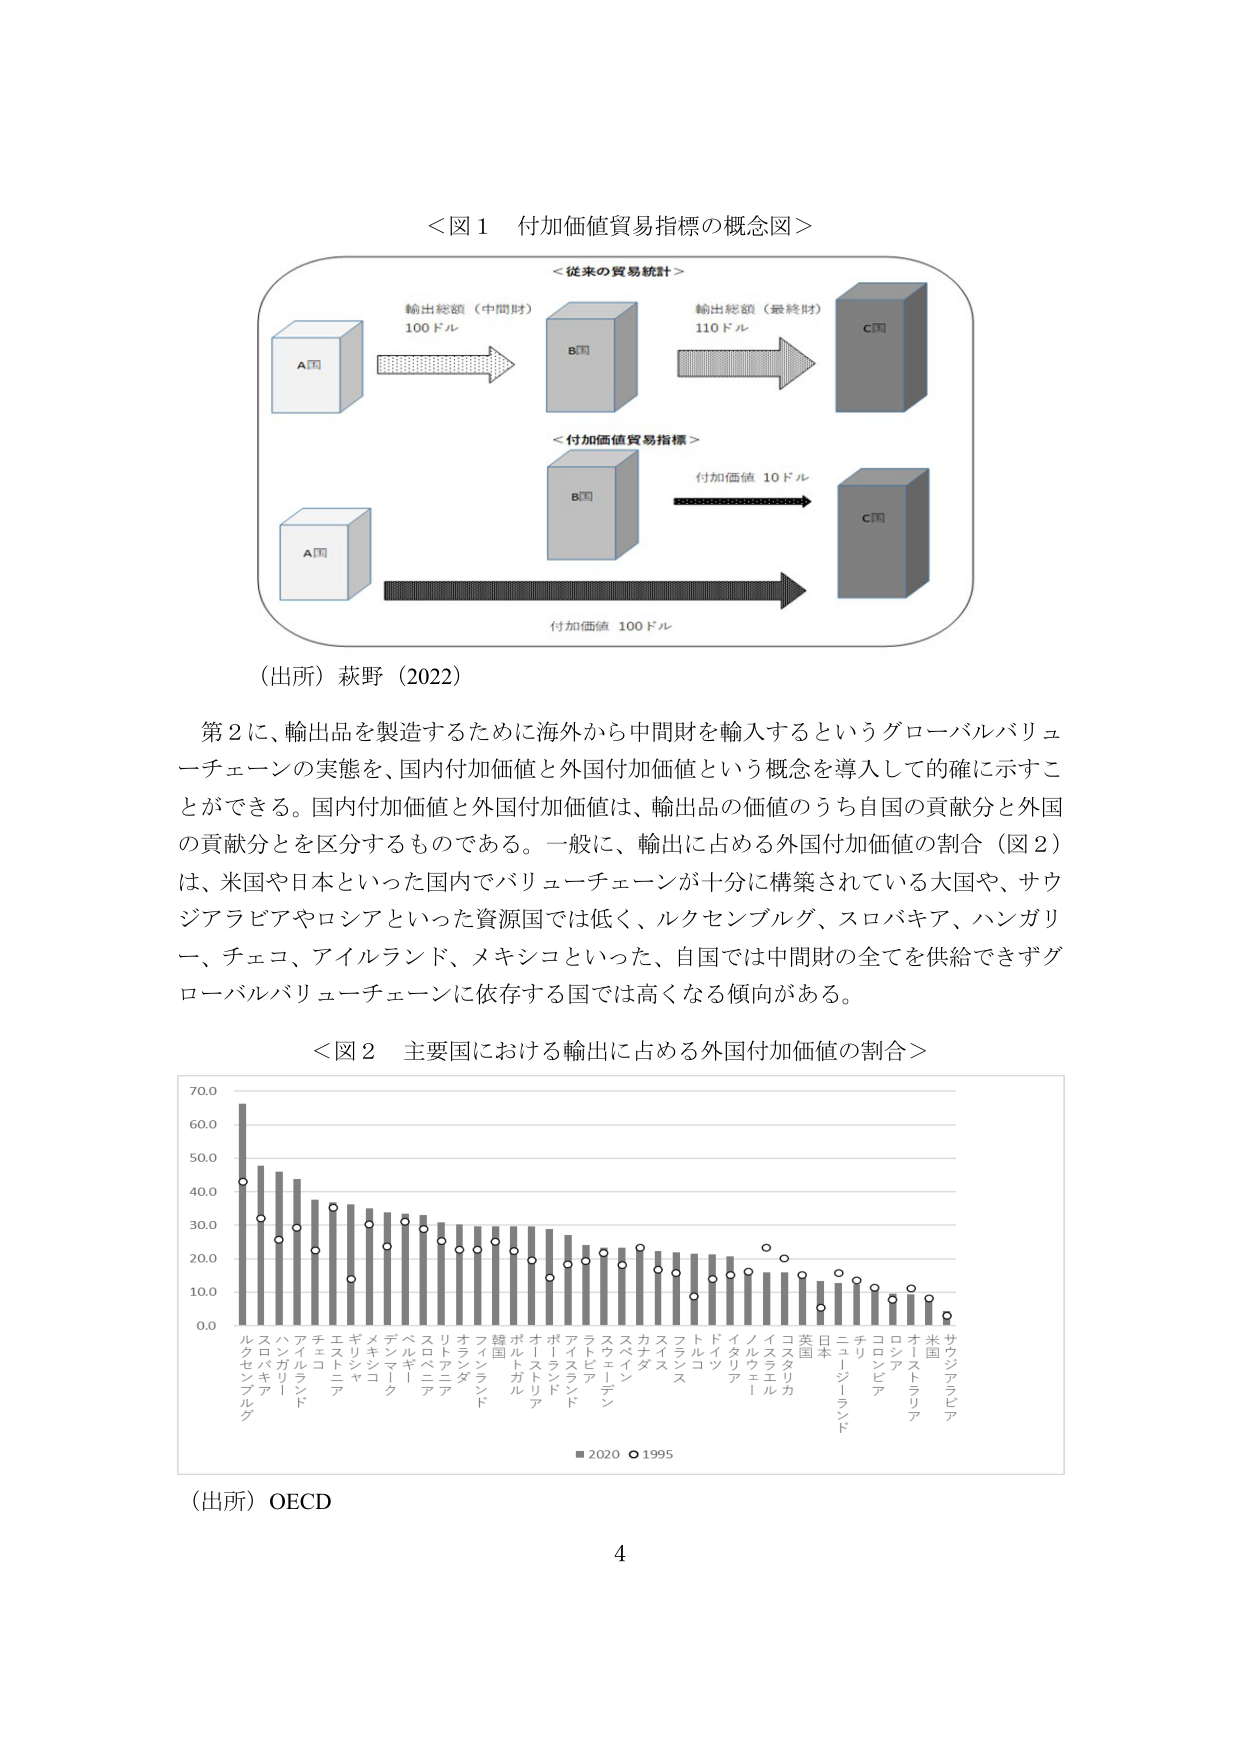
＜図１ 付加価値貿易指標の概念図＞

＜従来の貿易統計＞
輸出総額（中間財）
100ドル
A国 → B国
輸出総額（最終財）
110ドル
B国 → C国

＜付加価値貿易指標＞
付加価値 10ドル
B国 → C国
付加価値 100ドル
A国 → C国

（出所）萩野（2022）

第2に、輸出品を製造するために海外から中間財を輸入するというグローバルバリューチェーンの実態を、国内付加価値と外国付加価値という概念を導入して的確に示すことができる。国内付加価値と外国付加価値は、輸出品の価値のうち自国の貢献分と外国の貢献分とを区分するものである。一般に、輸出に占める外国付加価値の割合（図2）は、米国や日本といった国内でバリューチェーンが十分に構築されている大国や、サウジアラビアやロシアといった資源国では低く、ルクセンブルグ、スロバキア、ハンガリー、チェコ、アイルランド、メキシコといった、自国では中間財の全てを供給できずグローバルバリューチェーンに依存する国では高くなる傾向がある。

＜図2 主要国における輸出に占める外国付加価値の割合＞

（縦軸：0.0, 10.0, 20.0, 30.0, 40.0, 50.0, 60.0, 70.0）
（横軸：ルクセンブルグ、スロバキア、ハンガリー、アイルランド、チェコ、エストニア、ギリシャ、メキシコ、デンマーク、ベルギー、スロベニア、オランダ、フィンランド、韓国、ポルトガル、オーストリア、アイスランド、ラトビア、スウェーデン、カナダ、スイス、フランス、トルコ、ドイツ、イタリア、ノルウェー、コスタリカ、英国、日本、ニュージーランド、コロンビア、ロシア、オーストラリア、米国、サウジアラビア）

■ 2020 ○ 1995

（出所）OECD

4